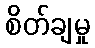
စိတ်ချမှု